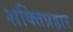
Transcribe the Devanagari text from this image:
शक्तिप्रहार